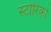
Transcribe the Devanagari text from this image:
स्टोरिको